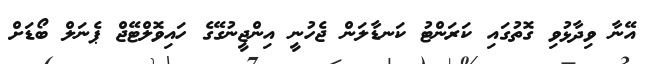
އޭނާ ވިދާޅުވި ގޮތުގައި ކަރަންޓު ކަނޑާލަން ޖެހުނީ އިންޖީނުގޭގެ ހައިވޮލްޓޭޖް ޕެނަލް ބޯޑަށް